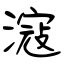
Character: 滱